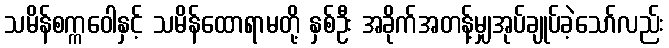
သမိန်စက္ကဝေါနှင့် သမိန်ထောရာမတို့ နှစ်ဦး အခိုက်အတန့်မျှအုပ်ချုပ်ခဲ့သော်လည်း